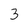
Character: 3